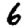
Digit: 6